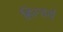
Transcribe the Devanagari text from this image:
हिल्डर्थ